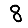
Digit: 8